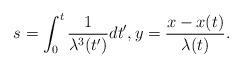
LaTeX: \begin{align*}s=\int_0^t\frac{1}{\lambda^3(t')}dt',y=\frac{x-x(t)}{\lambda(t)}.\end{align*}